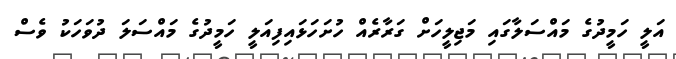
އަލީ ހަމީދުގެ މައްސަލާގައި މަޖިލީހަށް ގަރާރެއް ހުށަހަޅައިފިއަލީ ހަމީދުގެ މައްސަލަ ދުވަހަކު ވެސް